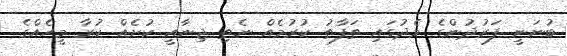
ބުނަނީ ފަރުދުންގެ މެދުގައި ތަފާތު ކުރުމެއް ނެތި ޖިނާއީ ކުށެއް ކުރާ މީހެއްގެ